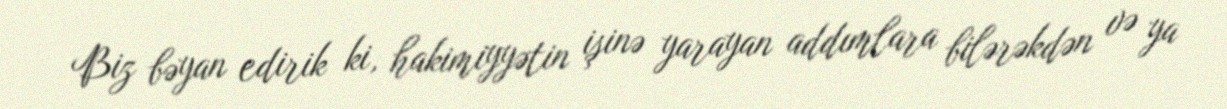
Biz bəyan edirik ki, hakimiyyətin işinə yarayan addımlara bilərəkdən və ya